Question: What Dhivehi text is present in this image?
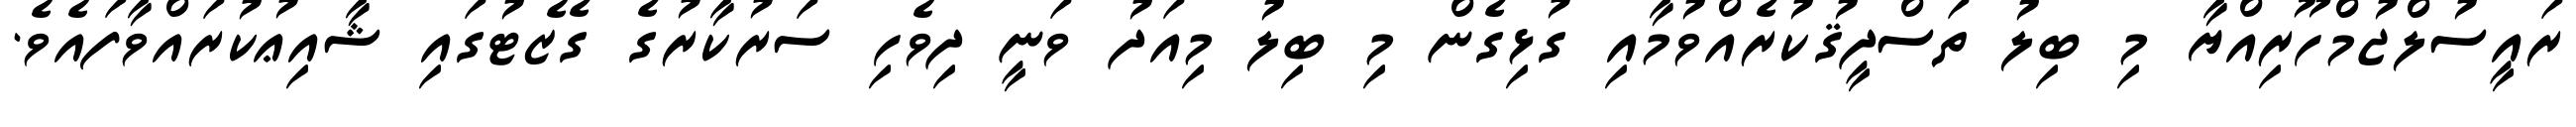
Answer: ރައީސުލްޖުމްހޫރިއްޔާ މި ބިލު ތަސްދީޤުކުރެއްވުމާއި ގުޅިގެން މި ބިލު މިއަދު ވަނީ ދިވެހި ސަރުކާރުގެ ގެޒެޓުގައި ޝާއިޢުކުރައްވާފައެވެ.